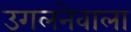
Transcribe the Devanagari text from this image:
उगलनेवाला